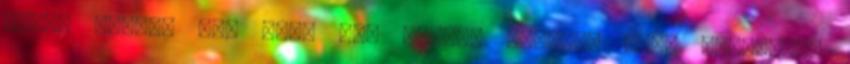
egyik sarkon egy ház. Hát ennyi. Érdemes volt idejönni.